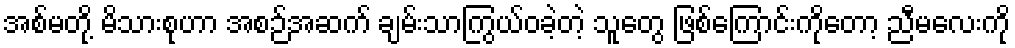
အစ်မတို့ မိသားစုဟာ အစဉ်အဆက် ချမ်းသာကြွယ်ဝခဲ့တဲ့ သူတွေ ဖြစ်ကြောင်းကိုတော့ ညီမလေးကို